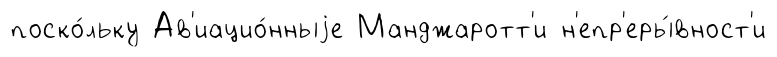
поско́льку Ав'иацио́нныjе Манджаротт'и н'епр'еры́вност'и